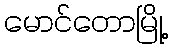
မောင်တောမြို့